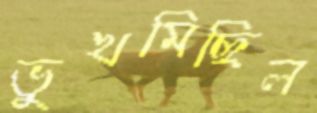
ভুখমিছিল